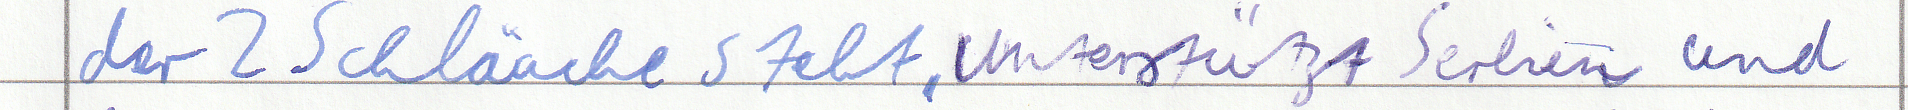
der 2 Schläuche steht, unterstützt Serbien und